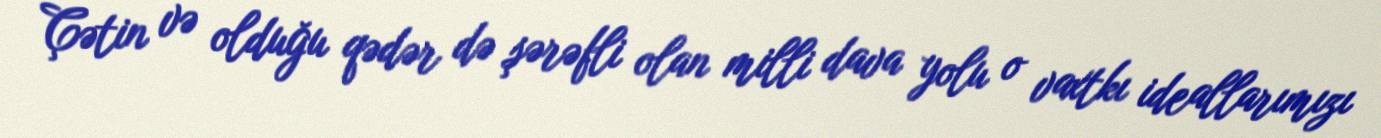
Çətin və olduğu qədər də şərəfli olan milli dava yolu o vaxtkı ideallarımızı